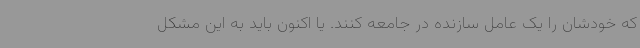
که خودشان را یک عامل سازنده در جامعه کنند. یا اکنون باید به این مشکل